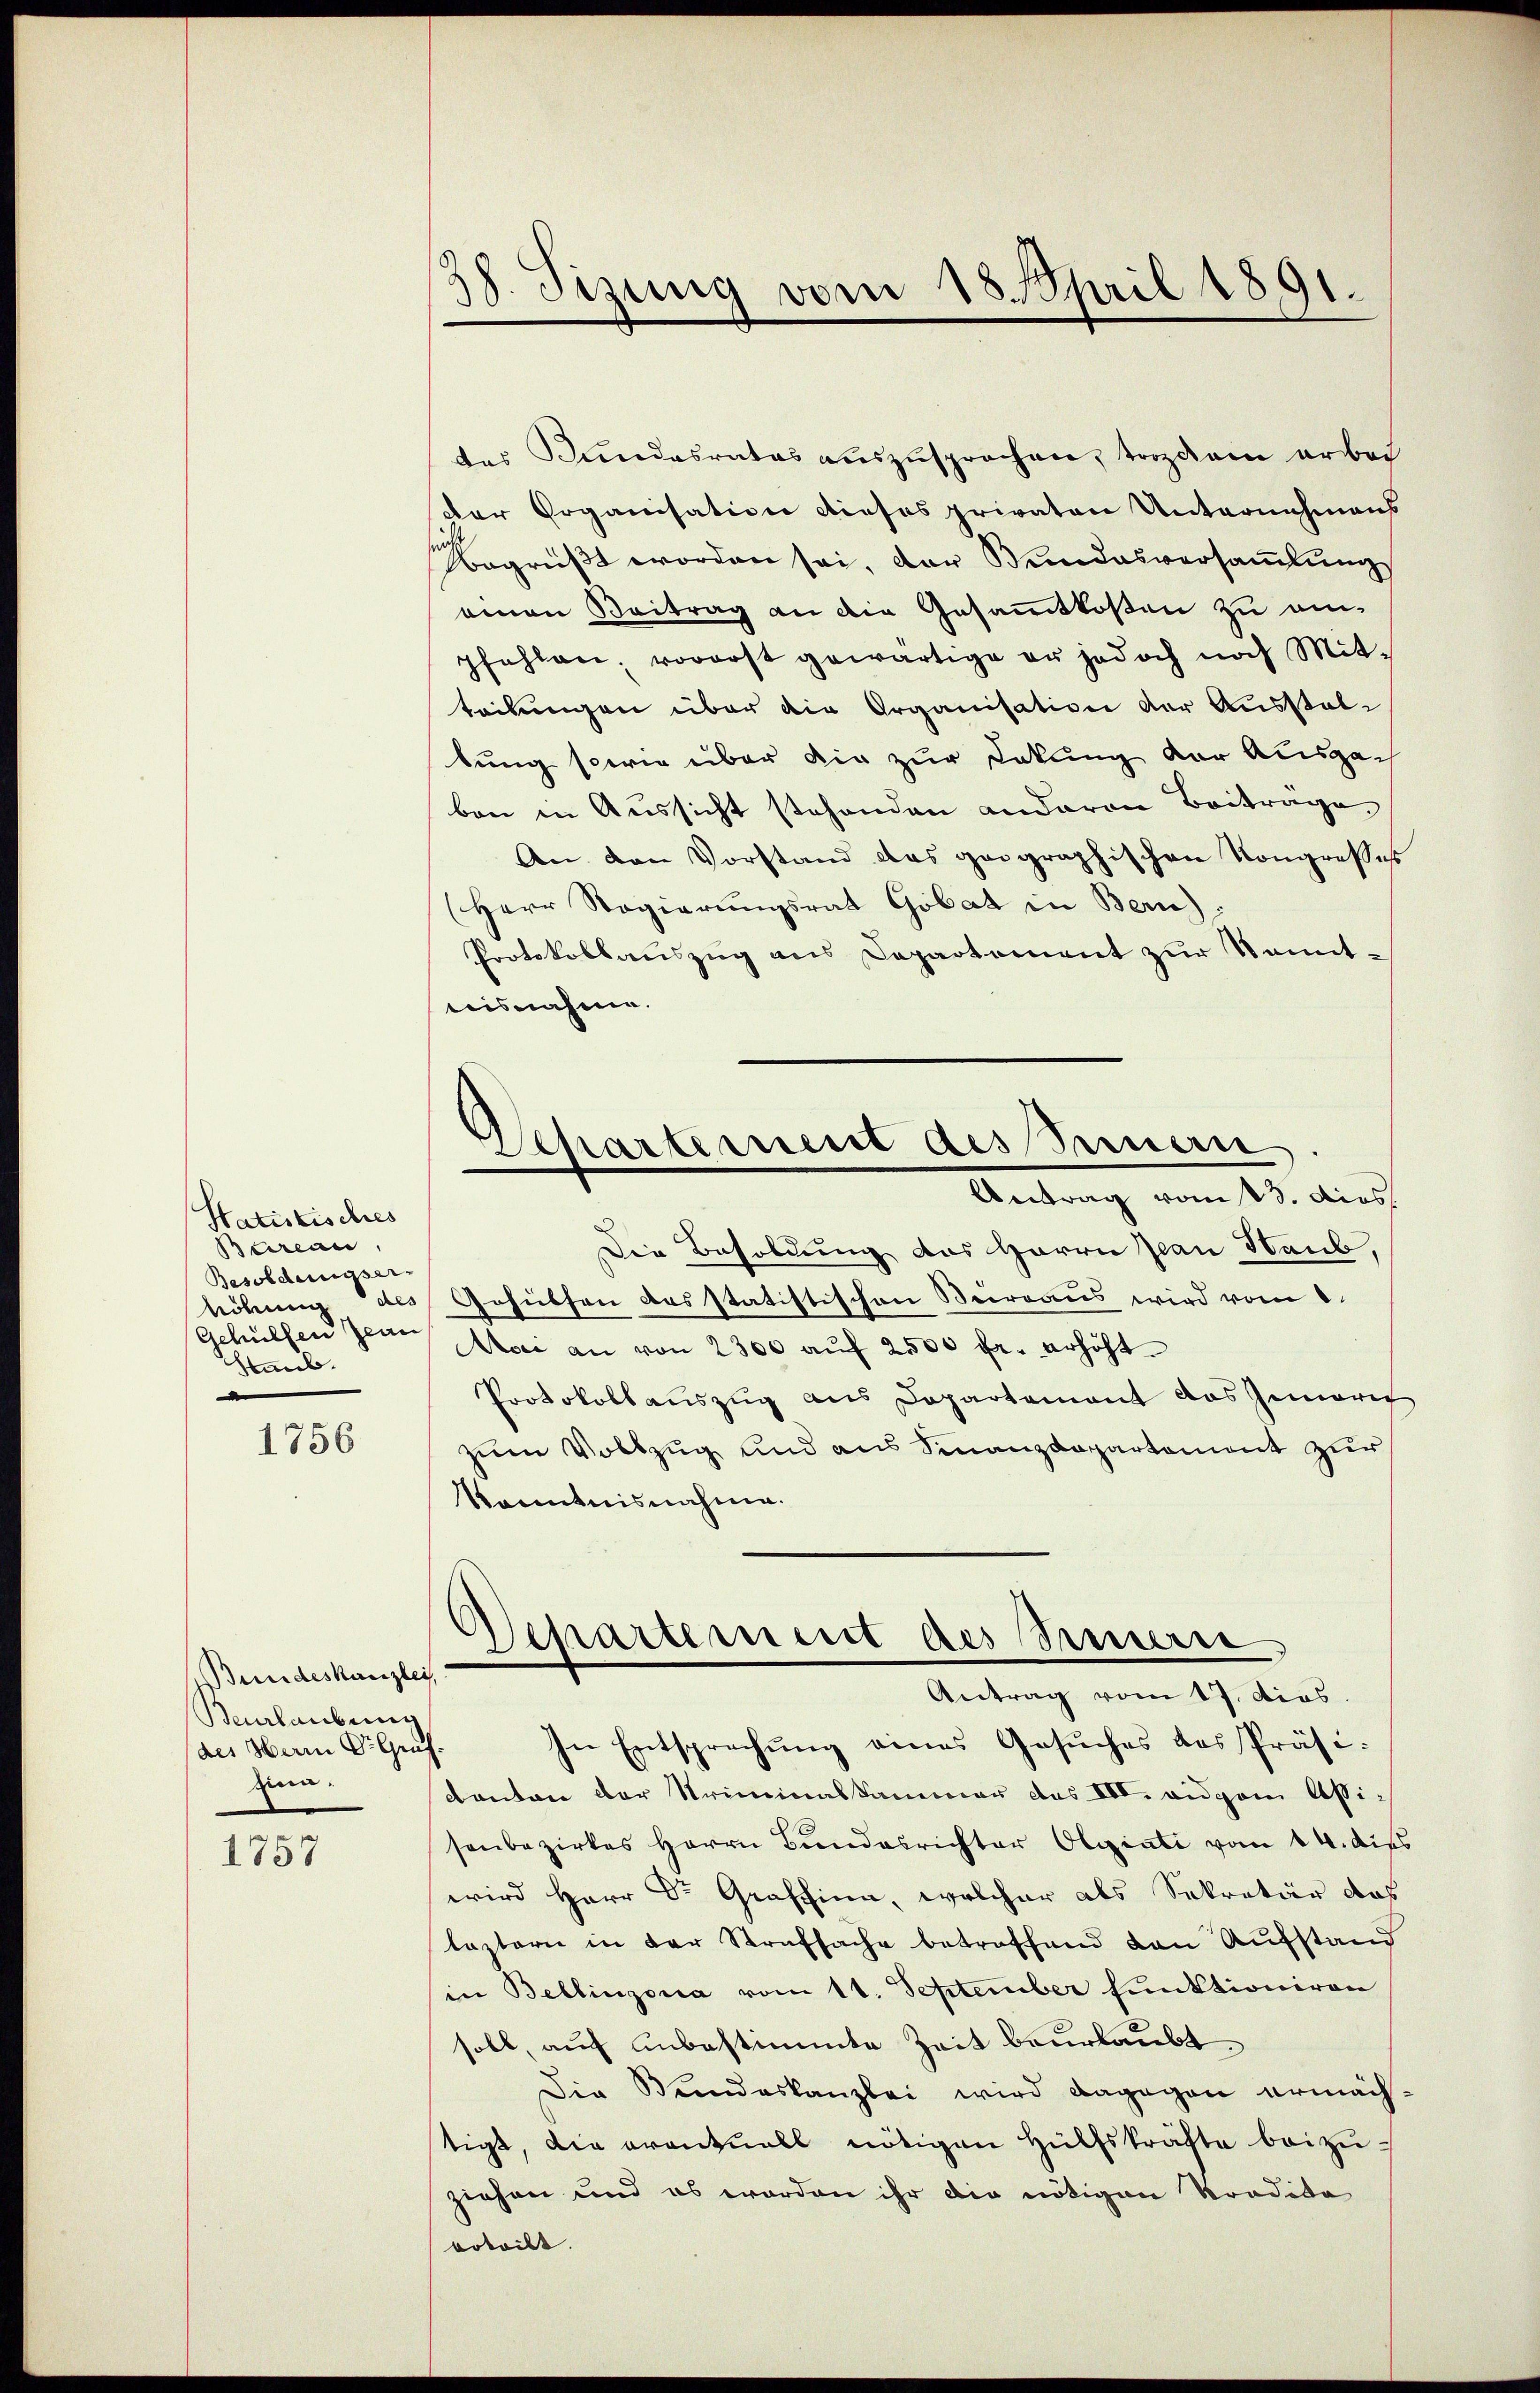
Statistisches
Bureau
Besoldungser-
Gehülfen Jean
Staub.

1756

Bundeskanzlei
Beurlaubung
des Herrn Dr. Graf.
zia.
1757

38. Sizung vom 18. April 1891.

des Kundesrates auszusprochen, trozdam arbei
der Organisation dieses privaten Unternehmens
Begrüßt worden sei, der Bundesversammlung
einen Beitrag an die Gesammtkosten zu empfahlen, vorerst gewärtige er jedoch noch Mit-
teibungen über die Organisation der Ausstellung sowie über die zur Lakung der Auspach
ben in Aussicht stehenden anderen Beiträge
An den Vorstand das geographischen Kongrosses
(Herr Regierŭngsrat Gobat in Bern),
Protokollauszug aus Departement zur Somitisnahme.

Departement des Seinern
Antrag vom 13. dies

d

Separtement des Steuerre
Antrag vom 17. dies

Die Besoldung das Herrn Jan Haub,
höhung des Gehülfen das statistischen Beirraus wird vom 8.
Moce an von 2300 aŭf 2500 fr. erhöht.
Protokollauszug aus Departement das Gemarit
zum Vollzug und aus Finanzdepartement zur
Kenntnisnahme.

In Entsprechung eines Gesuches des Präsi¬
Kanton der Striminalkammer das III. eigem Assisenbezirkes Herrn Bundesrichter Olgiati vom 14. dies
wird Herr Dr. Graffina, welcher als Sekretär das
leztern in der Strafsache betreffend den Aufstand
in Bellinzoria vom 11. September funktioniren
soll, auf unbestimmte Zeit beurlaubt
Die Bundeskanzlei wird dagegen ermächstigt, die eventuell nötigen Hülfskräfte beizuziehen und es worden ihr die nötigen Tradika
vrteilt.